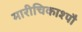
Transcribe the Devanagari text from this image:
मारीचिकाश्पौ